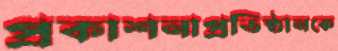
প্রকাশনাপ্রতিষ্ঠানকে